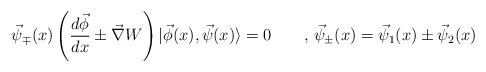
\begin{align*}\vec{\psi}_\mp (x)\left( \frac{d\vec{\phi}}{dx}\pm \vec{\nabla}W\right)|\vec{\phi}(x),\vec{\psi}(x)\rangle =0 \qquad , \,\vec{\psi}_\pm(x)=\vec{\psi}_1(x)\pm \vec{\psi}_2(x)\end{align*}